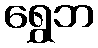
ရွှေဘ